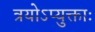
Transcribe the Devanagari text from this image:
त्रयोऽप्युक्ताः